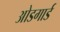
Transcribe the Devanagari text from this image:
ओडगार्ड